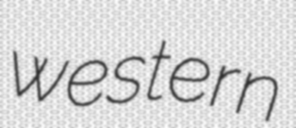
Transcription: western